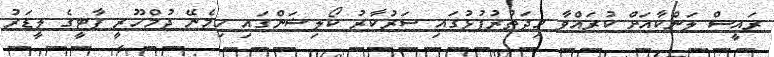
ރައީސް ލަންކާއަށް ކުރައްވާ މިދަތުރުފުޅުގައި ސަރުކާރު ކޯލިޝަންގައި ހިމެނޭ ޖުމްހޫރީ ޕާޓީގެ ލީޑަރު